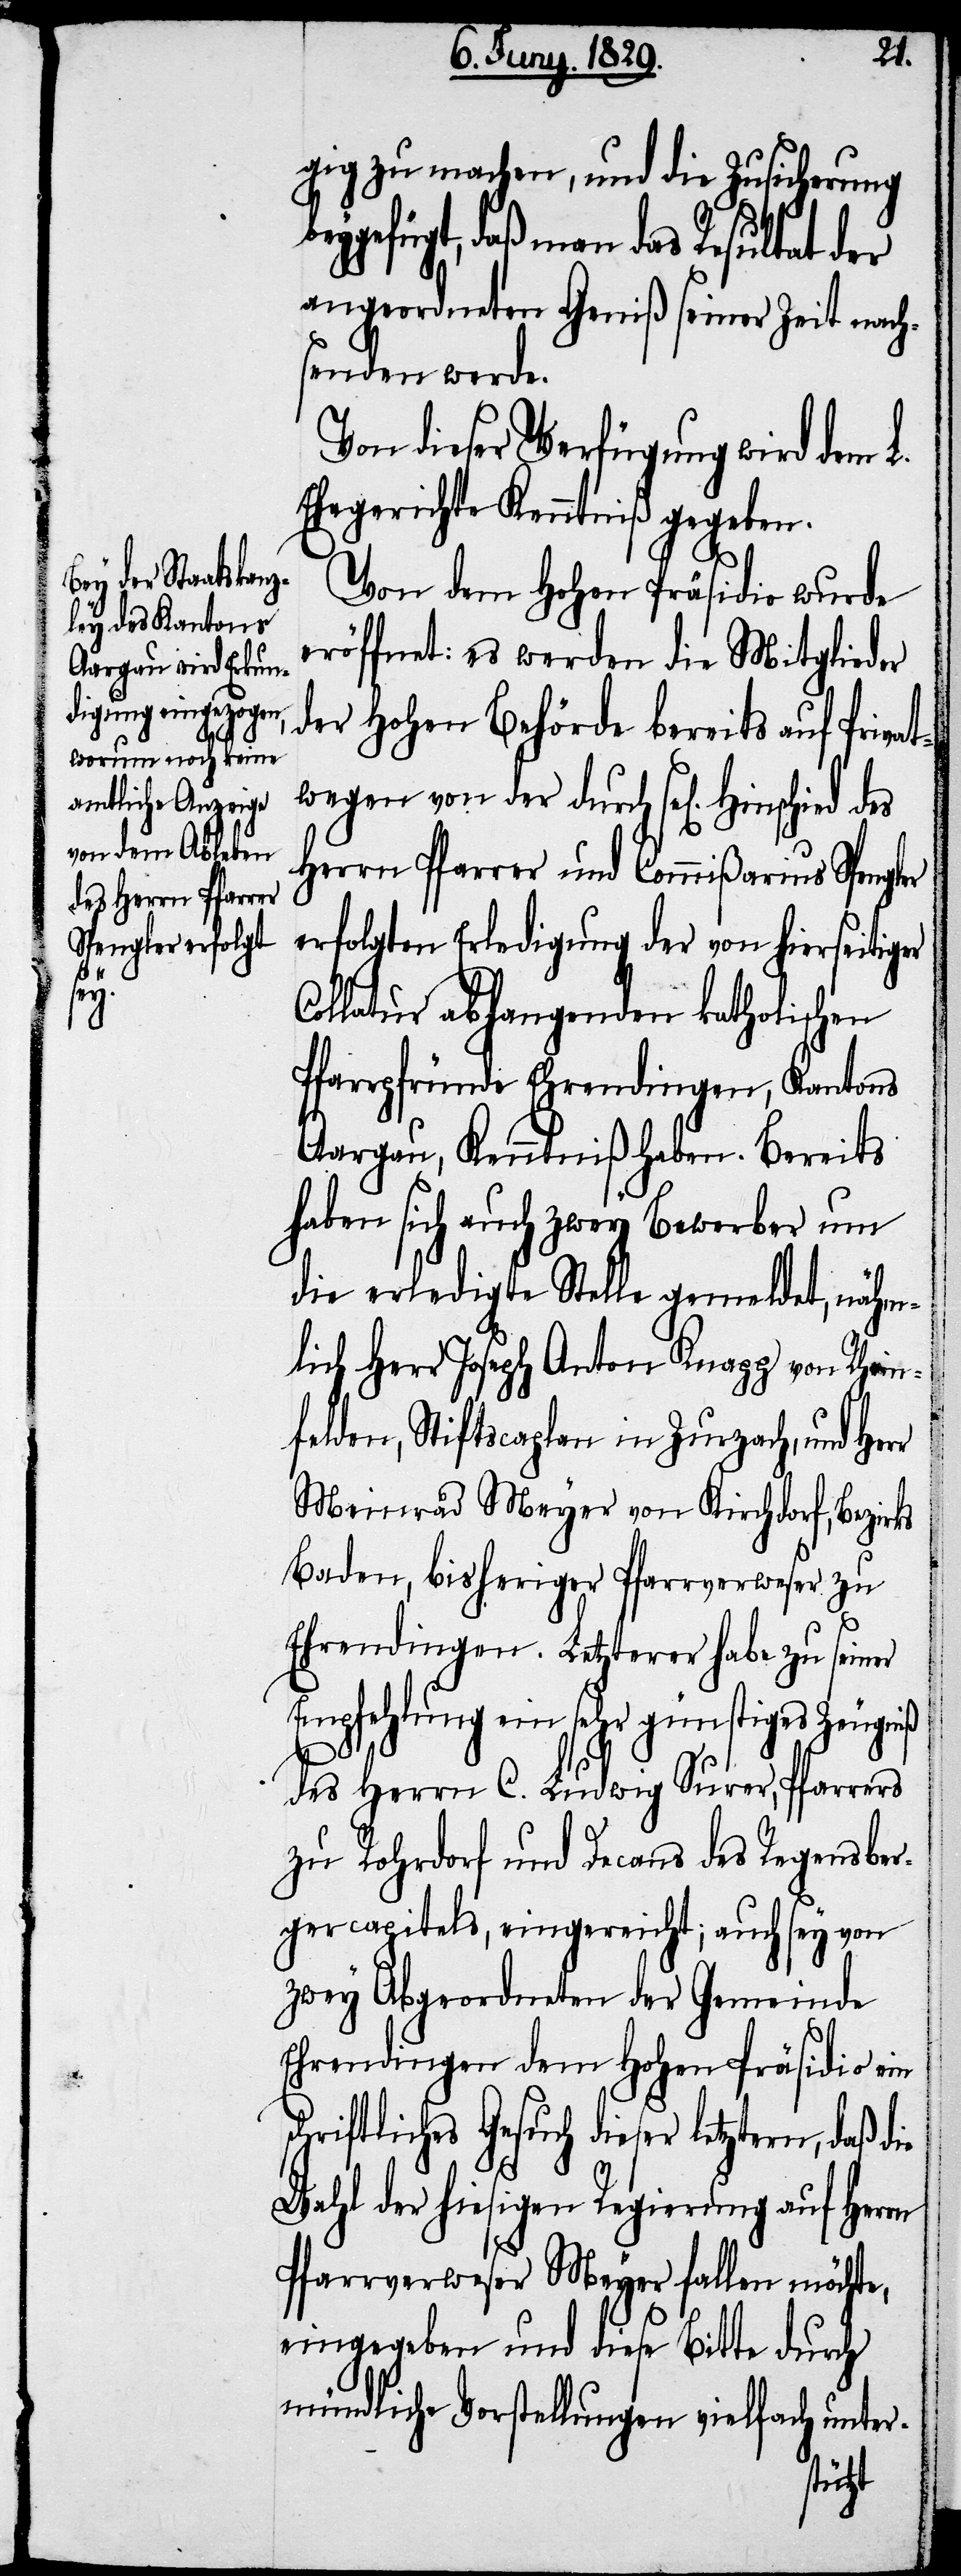
ie

gig zu machen, und die Zusicherung
el[igen]. Hinschied des
angeordneten Geniß seiner Zeit nach¬
senden werde.
Von dieser Verfügung wird dem L.
Ehegerichte Kenntniß gegeben.
Von dem Hohen Präsidio wurde
eröffnet: es werden die Mitglieder
der Hohen Behörde bereits auf Privat¬
Herrn Pfarrer und Commißarius Spengler
erfolgten Erledigung der von hierseitiger
Collatur abhangenden katholischen
Pfarrpfründe Ehrendingen, Kantons
Aargau, Kenntniß haben. Bereits
haben sich auch zwey Bewerber um
die erledigte Stelle gemeldet, nähm¬
lich Herr Joseph Anton Knapp von Rhein¬
felden, Stiftscaplan in Zurzach, und Her¬
Meinrad Meyer von Kirchdorf, Bezirks
Baden, bisherigen Pfarrverweser zu
Ehrendingen. Letzterer habe zu seiner
Empfehlung ein sehr günstiges Zeugniß
des Herrn C. Ludwig Surer, Pfarrers
zu Rohrdorf und Decans des Regensber¬
gercapitals, eingereicht; auch sey von
zwey Abgeordneten der Gemeinde
Ehrendingen dem Hohen Präsidio ein
chriftliches Gesuch dieser letztern, daß d¬
Wahl der hiesigen Regierung auf Herrn
Pfarrverweser Meyer fallen möchte,
eingegeben und diese Bitte durch
mündliche Vorstellung vielfach unter-